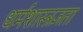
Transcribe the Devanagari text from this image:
धर्मशास्त्रज्ञता